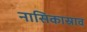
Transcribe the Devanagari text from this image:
नासिकास्राव